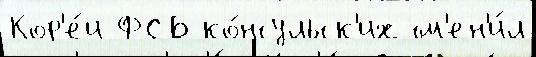
Кор'е́и ФСБ ко́нсульск'их см'ен'и́л